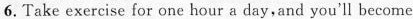
6. Take exercise for one hour a day,and you'll become